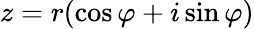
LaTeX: z=r(\cos\varphi+i\sin\varphi)